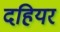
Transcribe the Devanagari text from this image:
दहियर